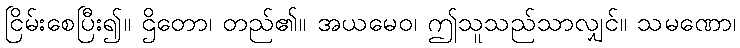
ငြိမ်းစေပြီး၍။ ဌိတော၊ တည်၏။ အယမေဝ၊ ဤသူသည်သာလျှင်။ သမဏော၊